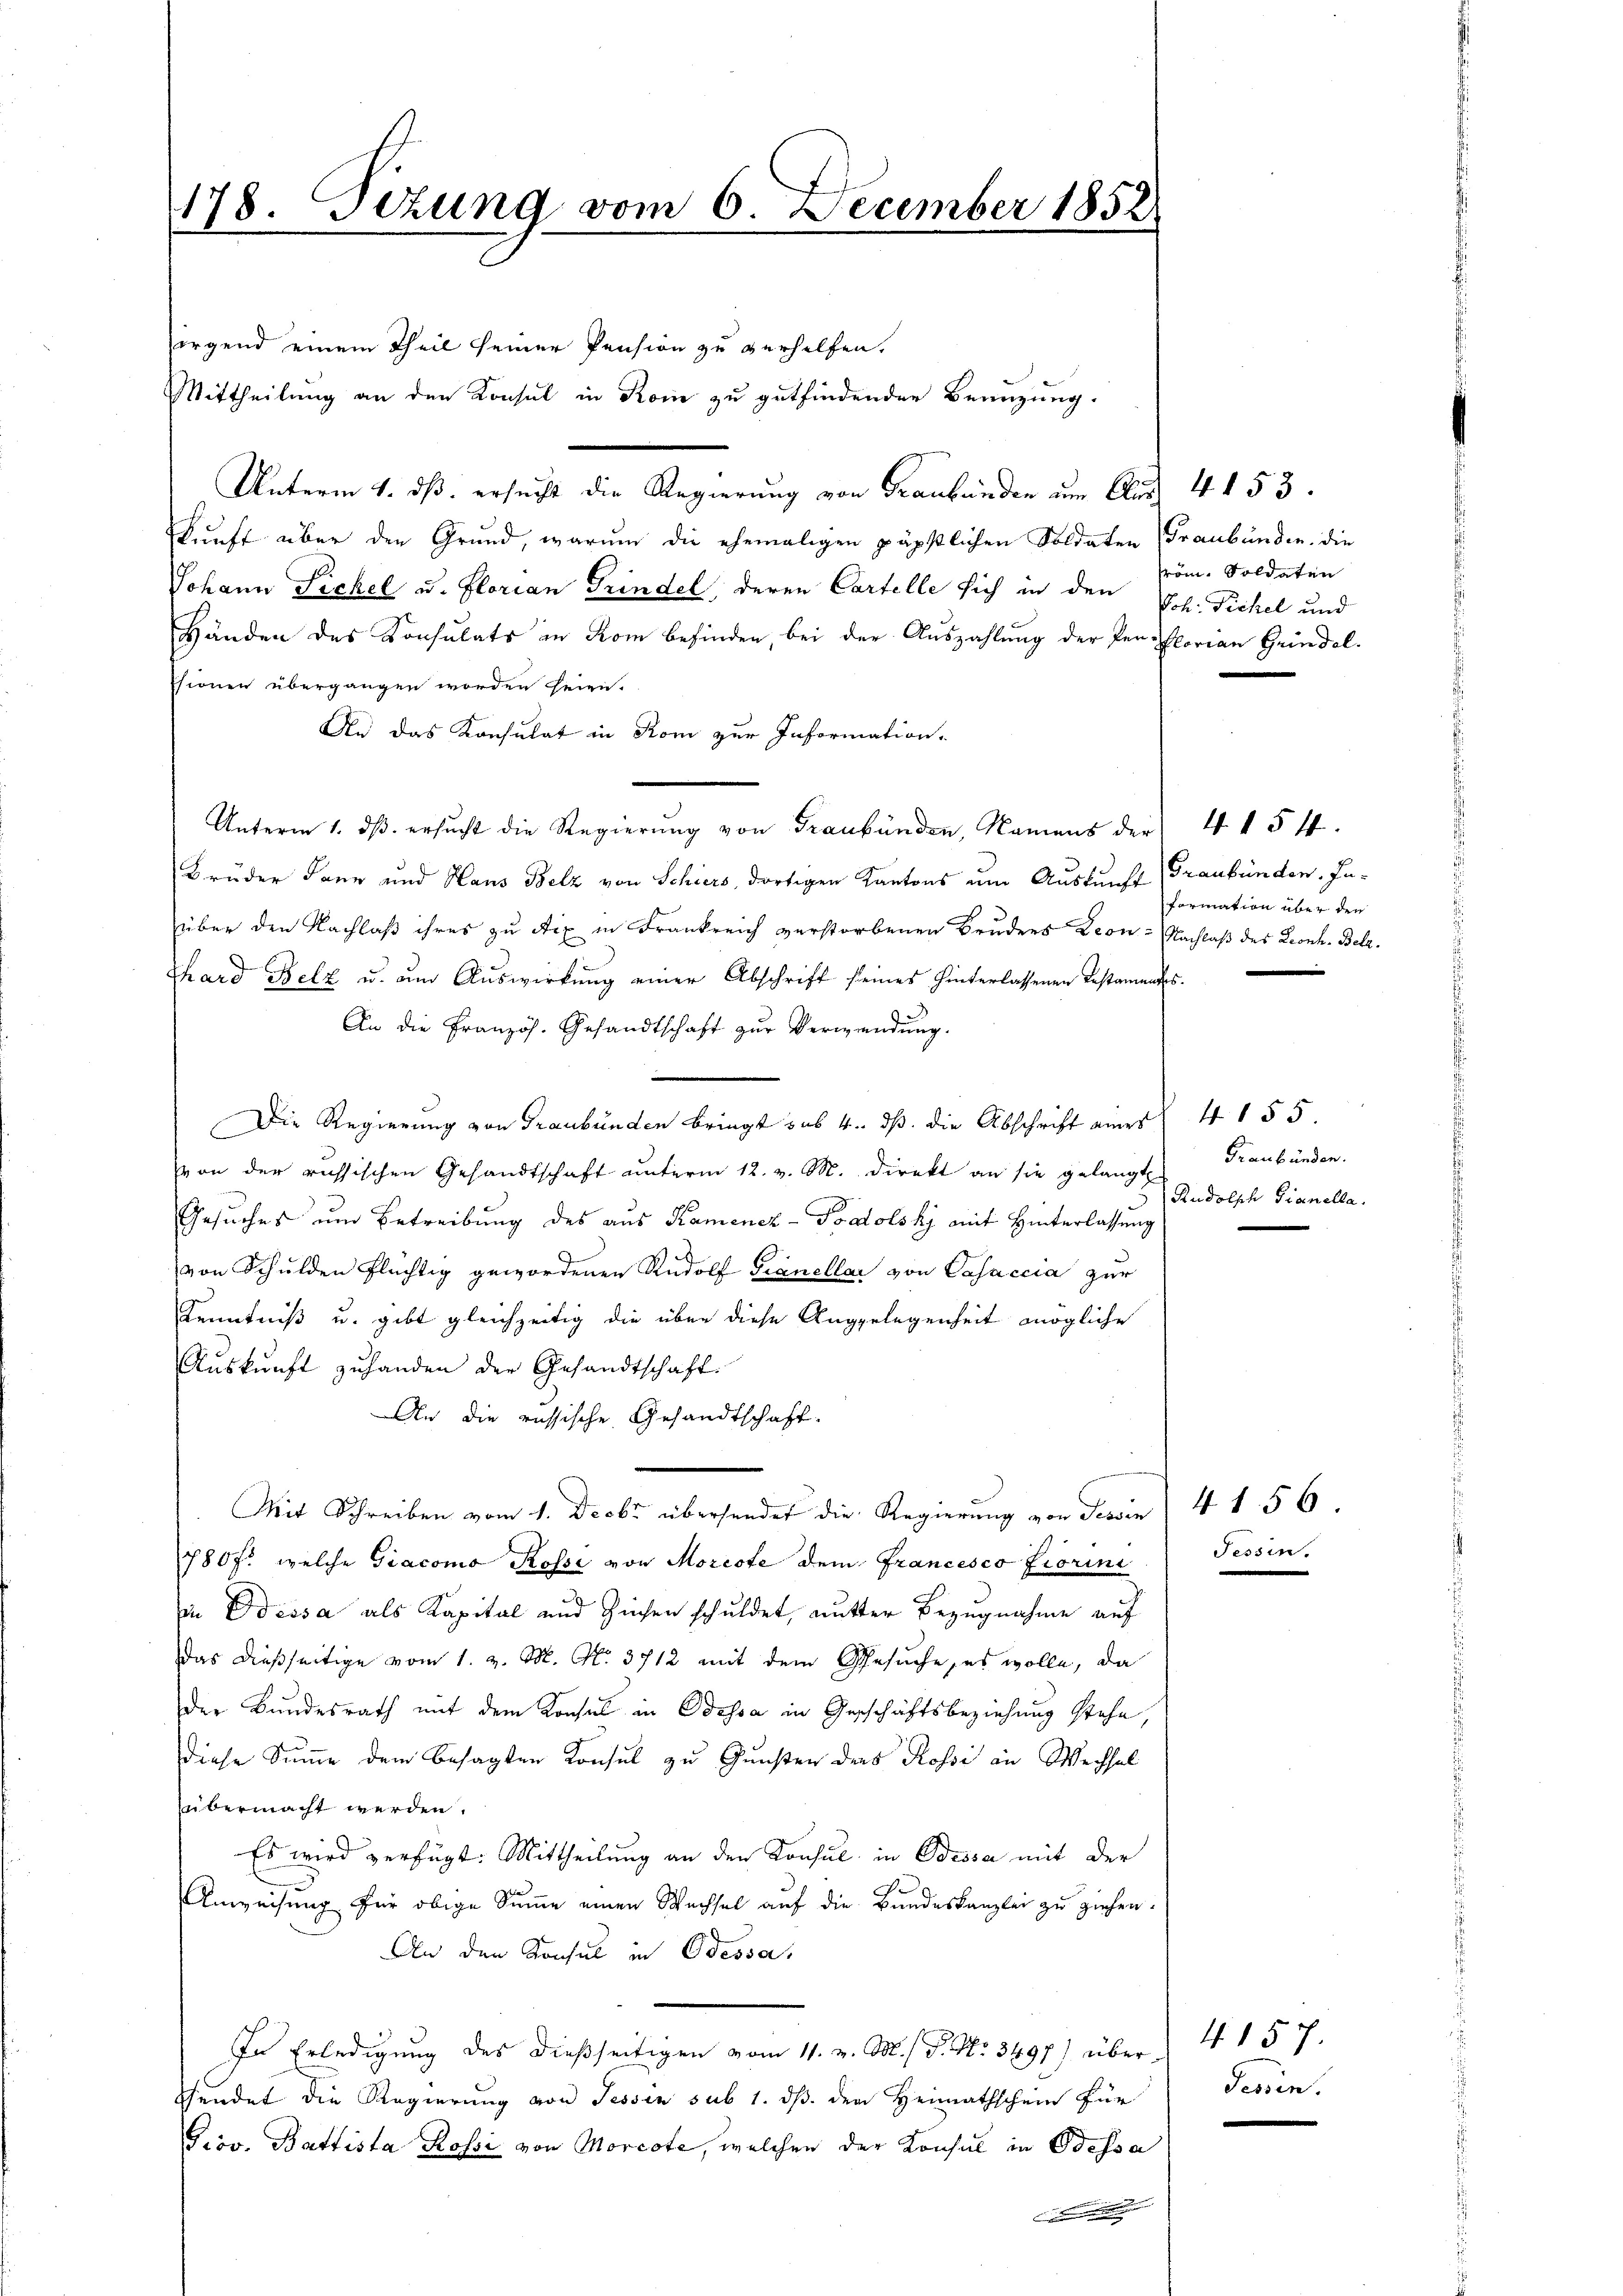
sirgend einem Theil seiner Pension zu verhelfen.
Mittheilung an den Konsul in Rom zu gutfindenden Beanzung.
Unterm 1. ds. ersucht die Regierung von Graubünden um Aus 4 t 53.
kunft über den Grund, warum die ehemaligen päpstlichen Soldaten (Graubünden. Die
Johann Fickel u. Florian Grindel, deren Cartelle sich in den Joh. Fickel und
Händen des Konsulats in Rom befinden, bei der Auszahlung der den Florian Grindel.
ssionen übergangen worden seien.
Die das Konsulat in Rom zur Information,
Unterm 1. dβ ersucht die Regierung von Graubünden, Namens der 415 ff.
Brüder dann und Haus Belz von Schiers, dortigen Kantons um Auskunft (Graubünden In-
über den Nachlaß ihres zu Aix in Frankreich verstorbenen Bruders Kron-Nachlaß des Kronh. Betr.
Thard Belz u. um Auswirkung einer Abschrift seines hinterlassenen Restamentes.
An die Französ. Gesandtschaft zur Verwendung.
Die Regierung von Graubünden bringt sub 4. ds. die Abschrift eines
von der russischen Gesandtschaft unterm 12. v. M. direkt an sie gelangt
Gesuches um Betreibung des aus Kamencz-Podolsky mit Hinterlassung
von Schulden flüchtig gewordenen Rudolf Gianellar von Casaccia zur
Kenntniß u. gibt gleichzeitig die über diese Angelegenheit mögliche
Auskunft zuhanden der Gesandtschaft.
An die russische Gesandtschaft.

Mit Schreiben vom 1. Decbr übersendet die Regierung von Sessen
780f. welche Giacomo Rosse von Morcote dem Francesco Fiorini
in Dessa als Kapital und Zinsen schuldet, mutter Bezugnahme auf
das dießseitige vom 1. v. M. No. 3712 mit dem Gesuche, es wolle, da
der Bundesrath mit dem Konsul in Odessa in Geschäftsbeziehung stehe,
diese Summe dem besagten Konsul zu Gunsten ders Rossi an Wechsel
übermacht werden.
Es wird verfügt: Mittheilung an den Konsul in Odessa mit der
Anweisung für obige Summe einen Wechsel auf die Bundeskanzlei zu ziehen.
An den Konsul in Bessa,
In Erledigung des dießseitigen vom 11. v. M. P. Nr. 3497) übershundet die Regierung von Tessin sub 1. ds. den Heimathschein für
Prov. Battista Rossi von Morcote, welchen der Konsul in Odessa

178. Sizung vom 6. December 1852.

röm. Soldaten

formation über den

4155.
Graubünden.
Rudolsch Gianella.

Tessin.

4156

4. 157.
Tessin.